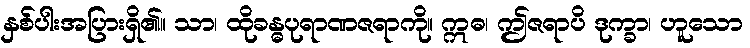
နှစ်ပါးအပြားရှိ၏။ သာ၊ ထိုခန္ဓပုရာဏဇရာကို။ ဣဓ၊ ဤဇရာပိ ဒုက္ခာ၊ ဟူသော